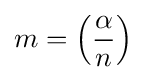
m=\left({\frac {\alpha }{n}}\right)